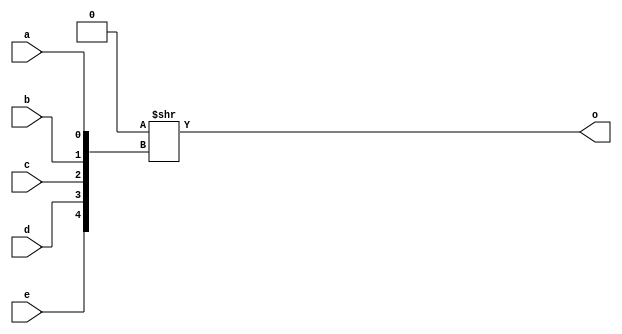
module AL_MAP_LUT5 (
	output o,
	input a,
	input b,
	input c,
	input d,
	input e
);
	parameter [31:0] INIT = 32'h0;
	parameter EQN = "(A)";
	assign o = INIT >> {e, d, c, b, a};
endmodule